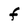
Character: f